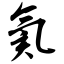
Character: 氦